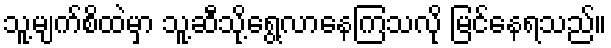
သူ့မျက်စိထဲမှာ သူ့ဆီသို့ရွေ့လာနေကြသလို မြင်နေရသည်။